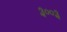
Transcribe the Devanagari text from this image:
३००३